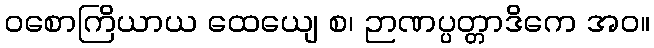
ဝစောကြိယာယ ထေယျေ စ၊ ဉာဏပ္ပတ္တာဒိကေ အဝ။